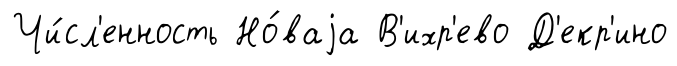
Чи́сл'енность Но́ваjа В'ихр'ево Д'екр'ино